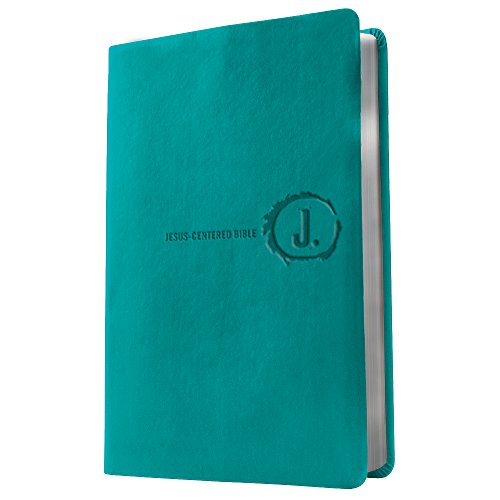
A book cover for Jesus-Centered Bible NLT, Turquoise; Group Publishing; Christian Books & Bibles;